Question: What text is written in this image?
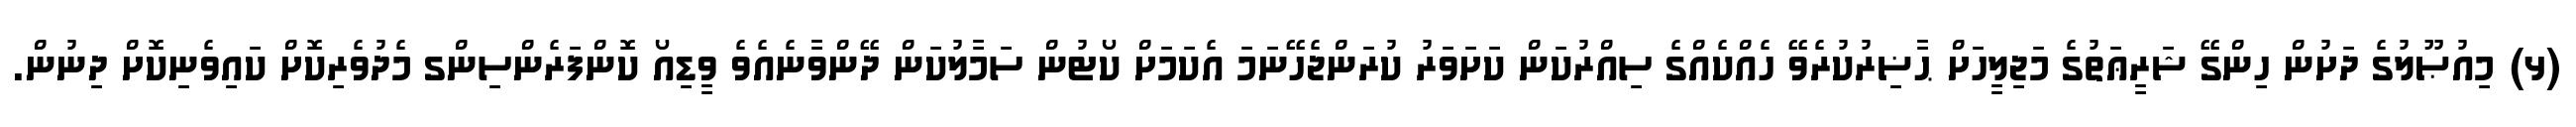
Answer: (ޅ) މިއުޞޫލުގެ ދަށުން ހިންގޭ ޝަރީޢަތުގެ މަޖިލީހަށް ޙާޟިރުކުރެވޭ ހެއްކެއްގެ ސިއްރުކަން ކަށަވަރު ކުރަންޖެހޭނަމަ އެކަމަށް ކޯޓުން ސަމާލުކަން ދޭންވާނެއެވެ ވީޑިއޯ ކޮންފަރެންސިންގ މެދުވެރިކޮށް ކައިވެނިކޮށް ދިނުން.